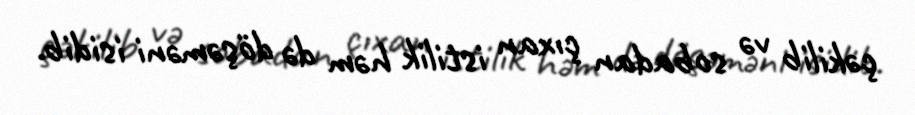
çəkilib və sobadan çıxan istilik həm də döşəməni isidib.